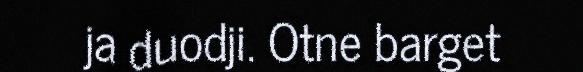
ja duodji. Otne barget